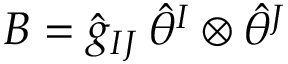
B = \hat { g } _ { I J } \, \hat { \theta } ^ { I } \otimes \hat { \theta } ^ { J }